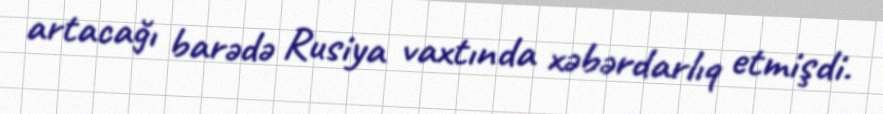
artacağı barədə Rusiya vaxtında xəbərdarlıq etmişdi.